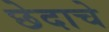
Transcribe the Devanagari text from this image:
छेदाचे